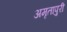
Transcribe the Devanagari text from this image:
अमृतापुरी